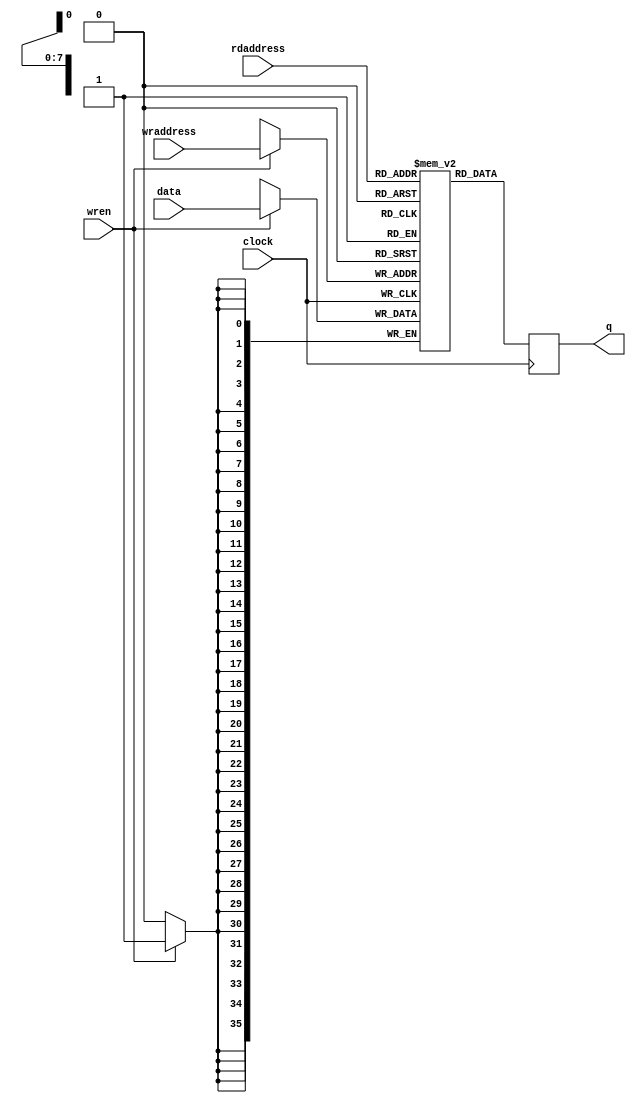
// (C) 2001-2020 Intel Corporation. All rights reserved.
// Your use of Intel Corporation's design tools, logic functions and other 
// software and tools, and its AMPP partner logic functions, and any output 
// files from any of the foregoing (including device programming or simulation 
// files), and any associated documentation or information are expressly subject 
// to the terms and conditions of the Intel Program License Subscription 
// Agreement, Intel FPGA IP License Agreement, or other applicable 
// license agreement, including, without limitation, that your use is for the 
// sole purpose of programming logic devices manufactured by Intel and sold by 
// Intel or its authorized distributors.  Please refer to the applicable 
// agreement for further details.


`timescale 1 ps / 1 ps

module rw_manager_ram

(

 data,
 rdaddress, 
 wraddress,
 wren, clock,
 q

);

parameter DATA_WIDTH=36;
parameter ADDR_WIDTH=8;

input [(DATA_WIDTH-1):0] data;
input [(ADDR_WIDTH-1):0] rdaddress, wraddress;
input wren, clock;
output reg [(DATA_WIDTH-1):0] q;


	reg [DATA_WIDTH-1:0] ram[2**ADDR_WIDTH-1:0];


	always @ (posedge clock)

	begin

		if (wren)

		ram[wraddress] <= data[DATA_WIDTH-1:0];

		q <= ram[rdaddress];

	end



endmodule